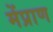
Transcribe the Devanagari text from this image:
मेंप्राण